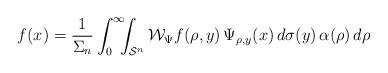
LaTeX: \begin{align*}f(x)=\frac{1}{\Sigma_n}\int_0^\infty\!\!\!\int_{\mathcal S^n}\mathcal W_\Psi f(\rho,y)\,\Psi_{\rho,y}(x)\,d\sigma(y)\,\alpha(\rho)\,d\rho\end{align*}